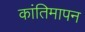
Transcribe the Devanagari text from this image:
कांतिमापन